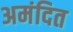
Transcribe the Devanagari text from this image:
अमंदित